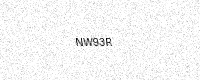
Text: NW93R